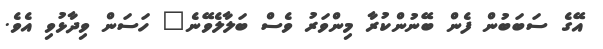
އޭގެ ސަބަބުން ފެން ބޭނުންކުރާ މިންވަރު ވެސް ބަލާލެވޭނެ" ހަސަން ވިދާޅުވި އެވެ.